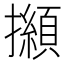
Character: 㩪